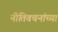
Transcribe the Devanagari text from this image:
नीतिवचनांच्या